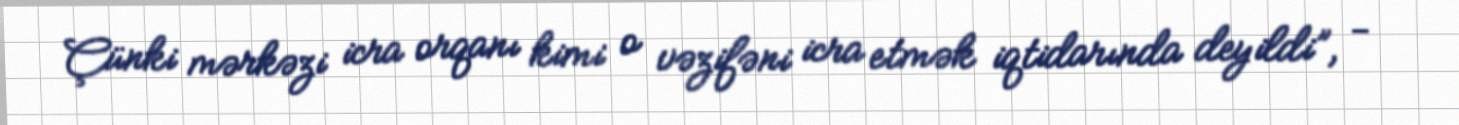
Çünki mərkəzi icra orqanı kimi o vəzifəni icra etmək iqtidarında deyildi”, -